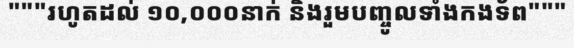
"""រហូតដល់ ១០,០០០នាក់ និងរួមបញ្ចូលទាំងកងទ័ព"""